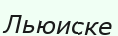
Льюиске